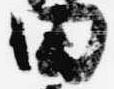
田